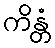
ကိန္တံ